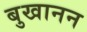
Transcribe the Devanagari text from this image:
बुखानन